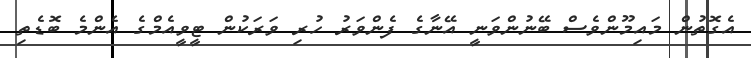
އެގޮތުން މައިމޫންވެސް ބޭނުންވަނީ އޭނާގެ ފެންވަރު ހުރި ވަރަކުން ޓީވީއެމްގެ އެންމެ ބޮޑެތި